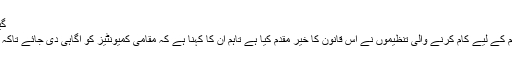
گیمبیا کے صدر یحییٰ جامع
خواتین کے حقوق اور تعلیم کے لیے کام کرنے والی تنظیموں نے اس قانون کا خیر مقدم کیا ہے تاہم ان کا کہنا ہے کہ مقامی کمیونٹیز کو آگاہی دی جائے تاکہ وہ اس فعل سے خود بچیں۔